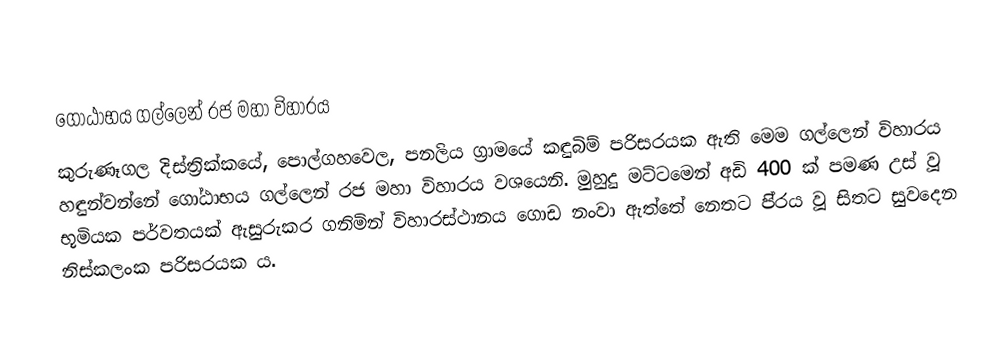

ගෝඨාභය ගල්ලෙන් රජ මහා විහාරය
කුරුණෑගල දිස්ත්‍රික්කයේ, පොල්ගහවෙල, පනලිය ග්‍රාමයේ කඳුබිම් පරිසරයක ඇති මෙම ගල්ලෙන් විහාරය හඳුන්වන්නේ ගෝඨාභය ගල්ලෙන් රජ මහා විහාරය වශයෙනි. මුහුදු මට්ටමෙන් අඩි 400 ක් පමණ උස් වූ භූමියක පර්වතයක් ඇසුරුකර ගනිමින් විහාරස්ථානය ගොඩ නංවා ඇත්තේ නෙතට පි‍්‍රය වූ සිතට සුවදෙන නිස්කලංක පරිසරයක ය.